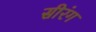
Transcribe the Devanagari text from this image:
सीरंग